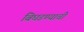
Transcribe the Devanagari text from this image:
बिघडण्याची